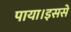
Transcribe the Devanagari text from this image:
पाया।इससे